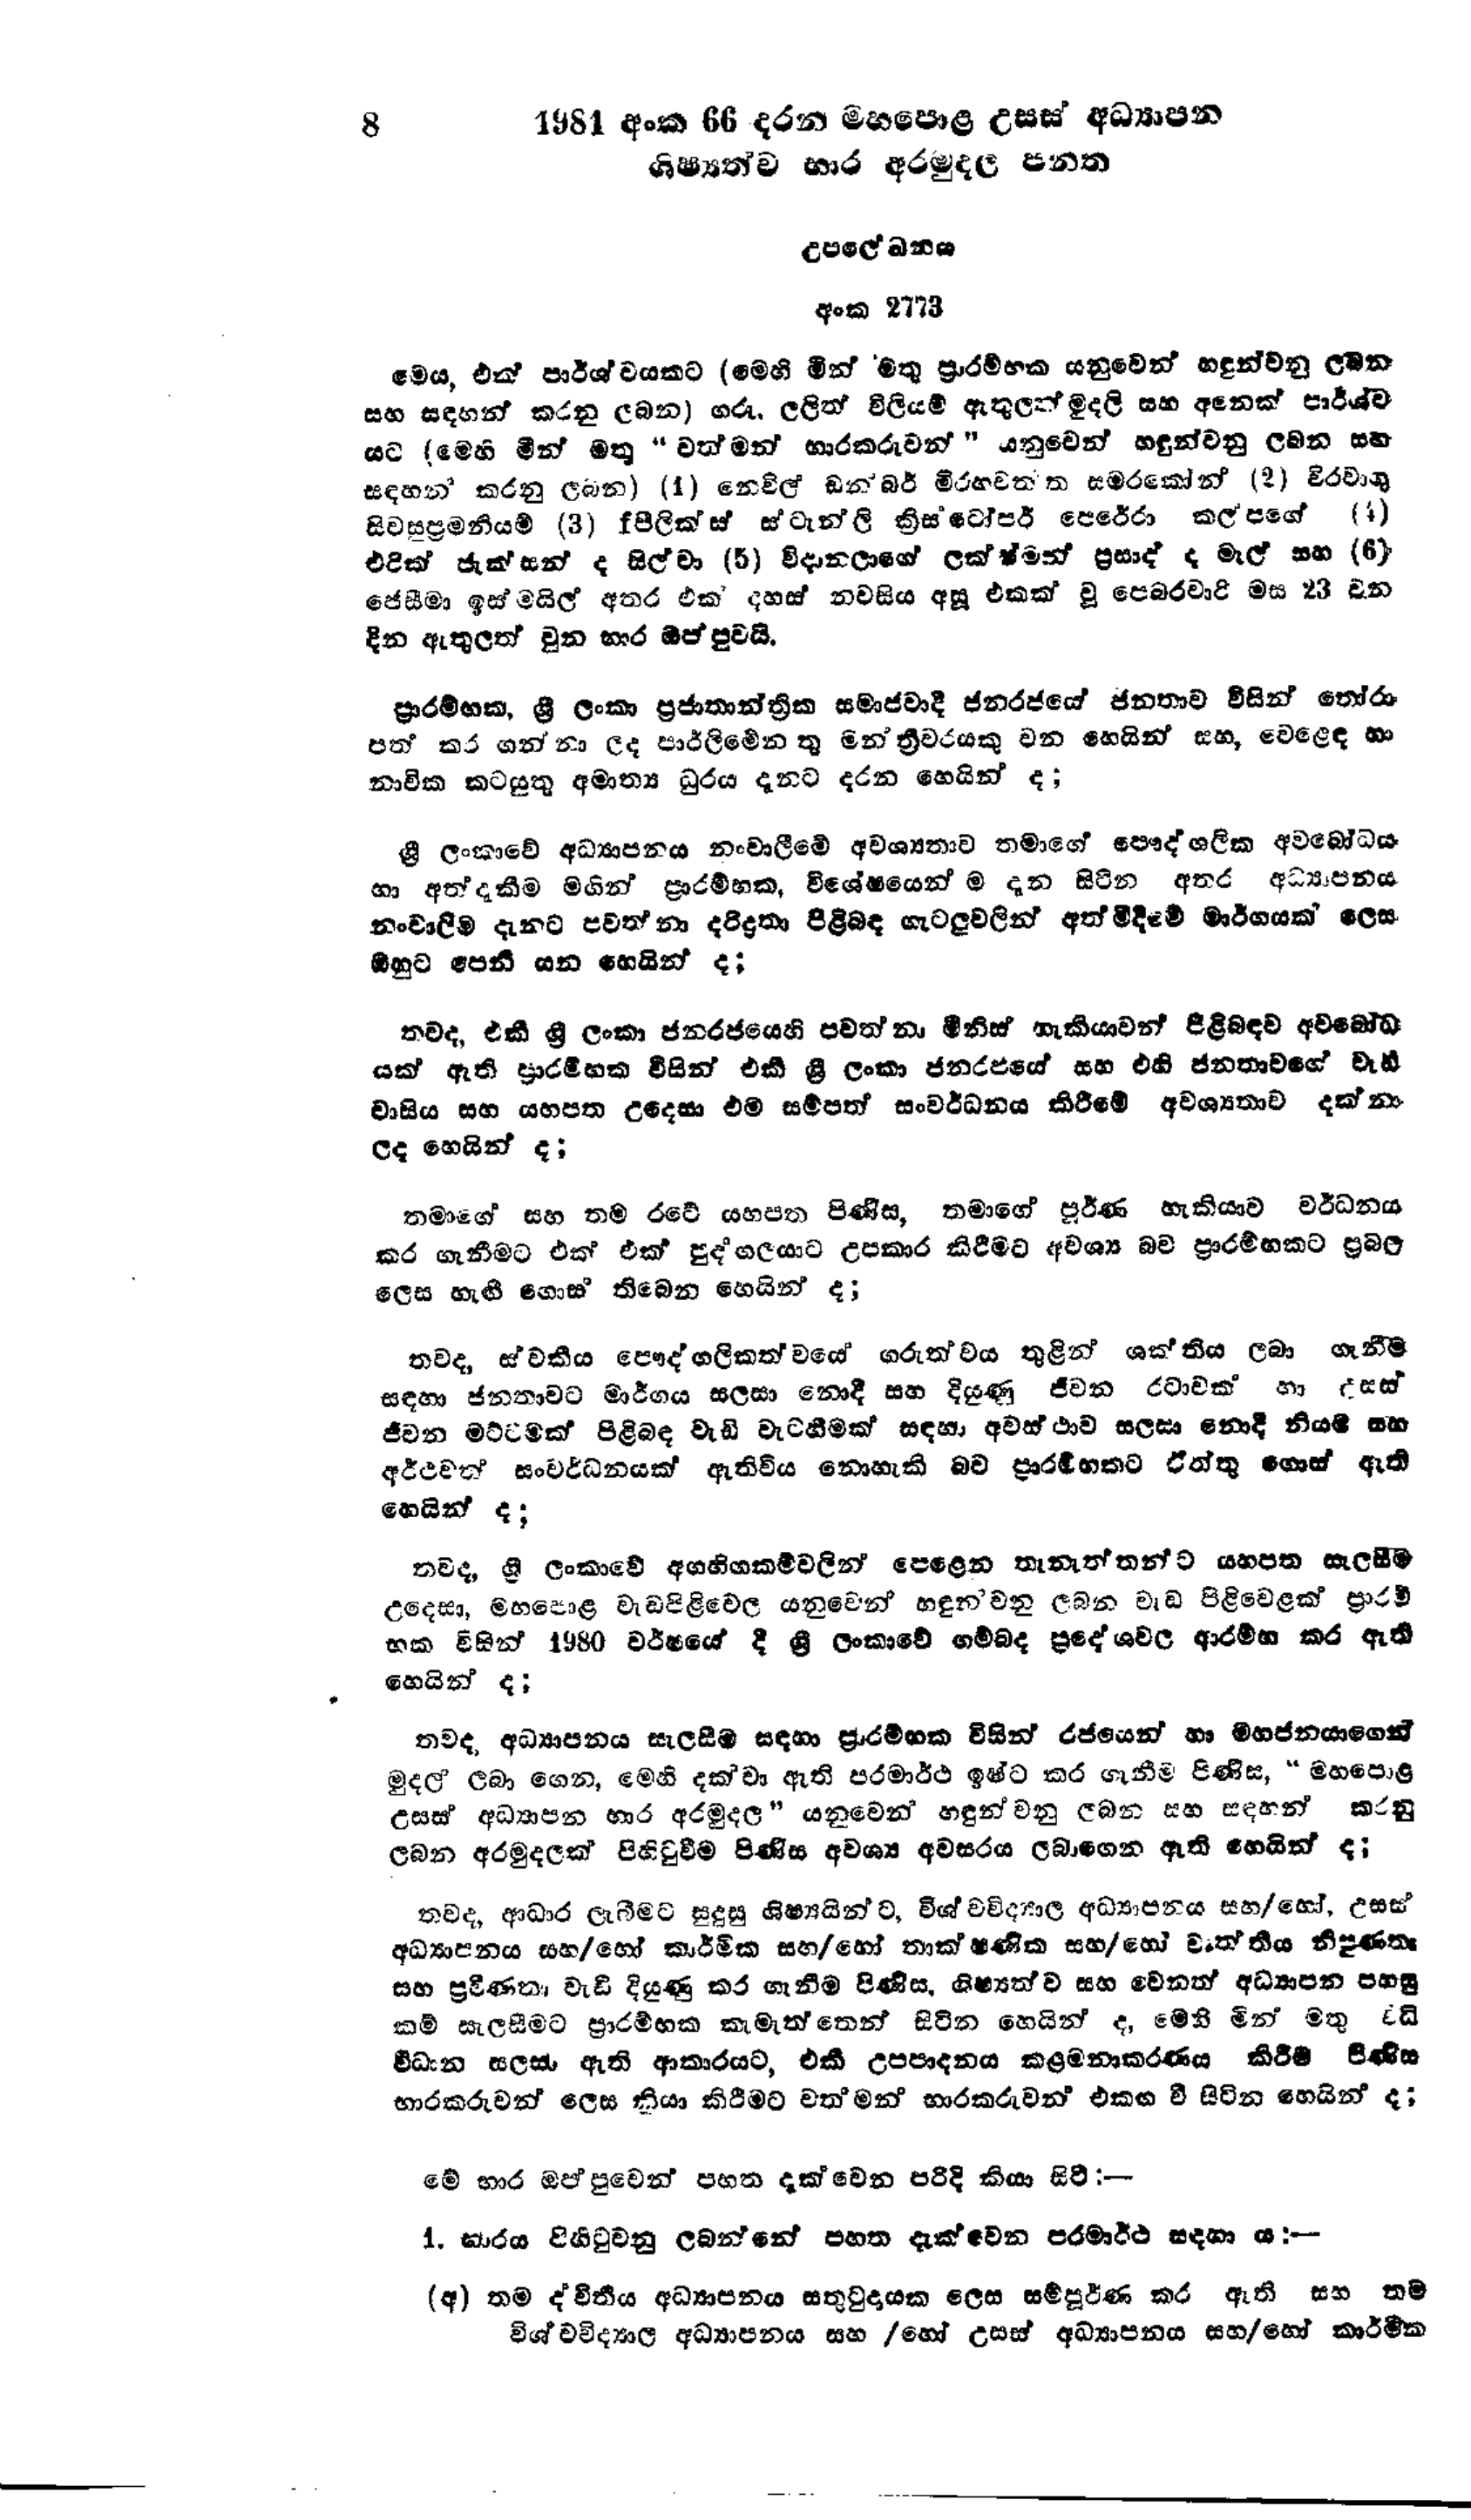
8 1981 අංක 66 දරන මහපොළ උසස් අධ්‍යාපන
ශිෂ්‍යත්ව භාර අරමුදල පනත

උපලේඛනය

අංක 2773

මෙය, එක් පාර්ශවයකට (මෙහි මින් මතු ප්‍රාරම්භක යනුවෙන් හඳුන්වනු ලබන
සහ සඳහන් කරනු ලබන) ගරු. ලලිත් විලියම් ඇතුලත් මුදලි සහ අනෙක් පාර්ශව
යට (මෙහි මින් මතු "වත්මන් භාරකරුවන්" යනුවෙන් හඳුන්වනු ලබන සහ
සඳහන් කරනු ලබන) (1) නෙවිල් ඩන්බර් මිරහවත්ත සමරකෝන් (2) චිරවාගු
සිවසුප්‍රමනියම් (3) fපීලික්ස් ස්ටැන්ලි ක්‍රිස්ටෝපර් පෙරේරා කල්පගේ (4)
එරික් ජැක්සන් ද සිල්වා (5) විදානලාගේ ලක්ෂ්මන් ප්‍රසාද් ද මැල් සහ (6)
ජෙසීමා ඉස්මයිල් අතර එක් දහස් නවසිය අසූ එකක් වූ පෙබරවාරි මස 23 වන
දින ඇතුලත් වුන භාර ඔප්පුවයි.

ප්‍රාරම්භක, ශ්‍රී ලංකා ප්‍රජාතාන්ත්‍රික සමාජවාදී ජනරජයේ ජනතාව විසින් තෝරා
පත් කර ගන්නා ලද පාර්ලිමේන්තු මන්ත්‍රීවරයකු වන හෙයින් සහ, වෙළෙඳ හා
නාවික කටයුතු අමාත්‍ය ධුරය දැනට දරන හෙයින් ද;

ශ්‍රී ලංකාවේ අධ්‍යාපනය නංවාලීමේ අවශ්‍යතාව තමාගේ පෞද්ගලික අවබෝධය
හා අත් දැකීම මගින් ප්‍රාරම්භක, විශේෂයෙන් ම දැන සිටින අතර අධ්‍යාපනය
නංවාලීම දැනට පවත්නා දරිද්‍රතා පිළිබඳ ගැටලුවලින් අත්මිදිමේ මාර්ගයක් ලෙස
ඔහුට පෙනී යන හෙයින් ද;

තවද, එකී ශ්‍රී ලංකා ජනරජයෙහි පවත්නා මිනිස් හැකියාවන් පිළිබඳව අවබෝධ
යක් ඇති ප්‍රාරම්භක විසින් එකී ශ්‍රී ලංකා ජනරජයේ සහ එහි ජනතාවගේ වැඩි
වාසිය සහ යහපත උදෙසා එම සම්පත් සංවර්ධනය කිරීමේ අවශ්‍යතාව දන්නා
ලද හෙයින් ද;

තමාගේ සහ තම රටේ යහපත පිණිස, තමාගේ පූර්ණ හැකියාව වර්ධනය
කර ගැනීමට එක් එක් පුද්ගලයාට උපකාර කිරීමට අවශ්‍ය බව ප්‍රාරම්භකට ප්‍රබල
ලෙස හැඟී ගොස් තිබෙන හෙයින් ද;

තවද, ස්වකීය පෞද්ගලිකත්වයේ ගරුත්වය තුළින් ශක්තිය ලබා ගැනීම
සඳහා ජනතාවට මාර්ගය සලසා නොදී සහ දියුණු ජීවන රටාවක් හා උසස්
ජිවන මට්ටමක් පිළිබඳ වැඩි වැටහීමක් සඳහා අවස්ථාව සලසා නොදී නියමි සහ
අර්ථවත් සංවර්ධනයක් ඇතිවිය නොහැකි බව ප්‍රාරම්භකට ඒත්තු ගොස් ඇති
හෙයින් ද;

තවද, ශ්‍රී ලංකාවේ අගහිගකම්වලින් පෙළෙන තැනැත්තන්ට යහපත සැලසීම
උදෙසා, මහපොළ වැඩපිළිවෙල යනුවෙන් හඳුනවනු ලබන වැඩ පිළිවෙළක් ප්‍රාරම්
භක විසින් 1980 වර්ෂයේ දී ශ්‍රී ලංකාවේ ගම්බද ප්‍රදේශවල ආරම්භ කර ඇති
හෙයින් ද;

තවද, අධ්‍යාපනය සැලසීම සඳහා ප්‍රාරම්භක විසින් රජයෙන් හා මහජනයාගෙන්
මුදල් ලබා ගෙන, මෙහි දක්වා ඇති පරමාර්ථ ඉෂ්ට කර ගැනීම පිණිස, "මහපොළ
උසස් අධ්‍යාපන භාර අරමුදල" යනුවෙන් හඳුන් වනු ලබන සහ සඳහන් කරනු
ලබන අරමුදලක් පිහිටුවීම පිණිස අවශ්‍ය අවසරය ලබාගෙන ඇති හෙයින් ද;

තවද, ආධාර ලැබීමට සුදුසු ශිෂ්‍යයින්ට, විශ්වවිද්‍යාල අධ්‍යාපනය සහ/හෝ, උසස්
අධ්‍යාපනය සහ/හෝ කාර්මික සහ/හෝ තාක්ෂණික සහ/හෝ වෘත්තීය නිපුණතා
සහ ප්‍රවීණතා වැඩි දියුණු කර ගැනීම පිණිස, ශිෂ්‍යත්ව සහ වෙනත් අධ්‍යාපන පහසු
කම් සැලසීමට ප්‍රාරම්භක කැමැත්තෙන් සිටින හෙයින්ද, මෙහි මින් මතු විධි
විධාන සලසා ඇති ආකාරයට, එකී උපපාදනය කළමනාකරණය කිරීම පිණිස
භාරකරුවන් ලෙස ක්‍රියා කිරීමට වත්මන් භාරකරුවන් එකඟ වී සිටින හෙයින්ද;

මේ භාර ඔප්පුවෙන් පහත දැක්වෙන පරිදි කියා සිට :-

1. භාරය පිහිටුවනු ලබන්නේ පහත දැක්වෙන පරමාර්ථ සඳහා ය :-

(අ) තම ද්විතීය අධ්‍යාපනය සතුටුදායක ලෙස සම්පූර්ණ කර ඇති සහ තම
විශ්වවිද්‍යාල අධ්‍යාපනය සහ/හෝ උසස් අධ්‍යාපනය සහ/හෝ කාර්මික